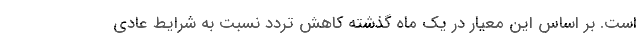
است. بر اساس این معیار در یک ماه گذشته کاهش تردد نسبت به شرایط عادی